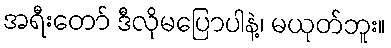
အရီးတော် ဒီလိုမပြောပါနဲ့၊ မယုတ်ဘူး။